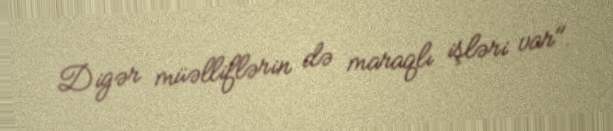
Digər müəlliflərin də maraqlı işləri var".